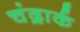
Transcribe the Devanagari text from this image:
चंद्रार्क